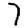
Digit: 7